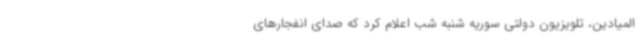
المیادین، تلویزیون دولتی سوریه شنبه شب اعلام کرد که صدای انفجارهای